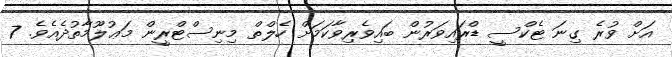
އަށް ވުރެ ގިނަ ޓެކްސީ ޑްރައިވަރުން ބައިވެރިވާކަމަށް ހެލްތް މިނިސްޓްރީން މަޢުލޫމާތުދެއެވެ. 7